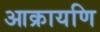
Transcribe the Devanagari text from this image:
आक्रायणि